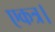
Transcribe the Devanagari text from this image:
एकत्र।